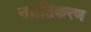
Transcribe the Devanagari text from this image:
उन्नतिकरण